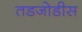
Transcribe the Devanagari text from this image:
तडजोडीस